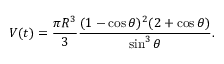
V ( t ) = { \frac { \pi R ^ { 3 } } { 3 } } { \frac { ( 1 - \cos \theta ) ^ { 2 } ( 2 + \cos \theta ) } { \sin ^ { 3 } \theta } } .